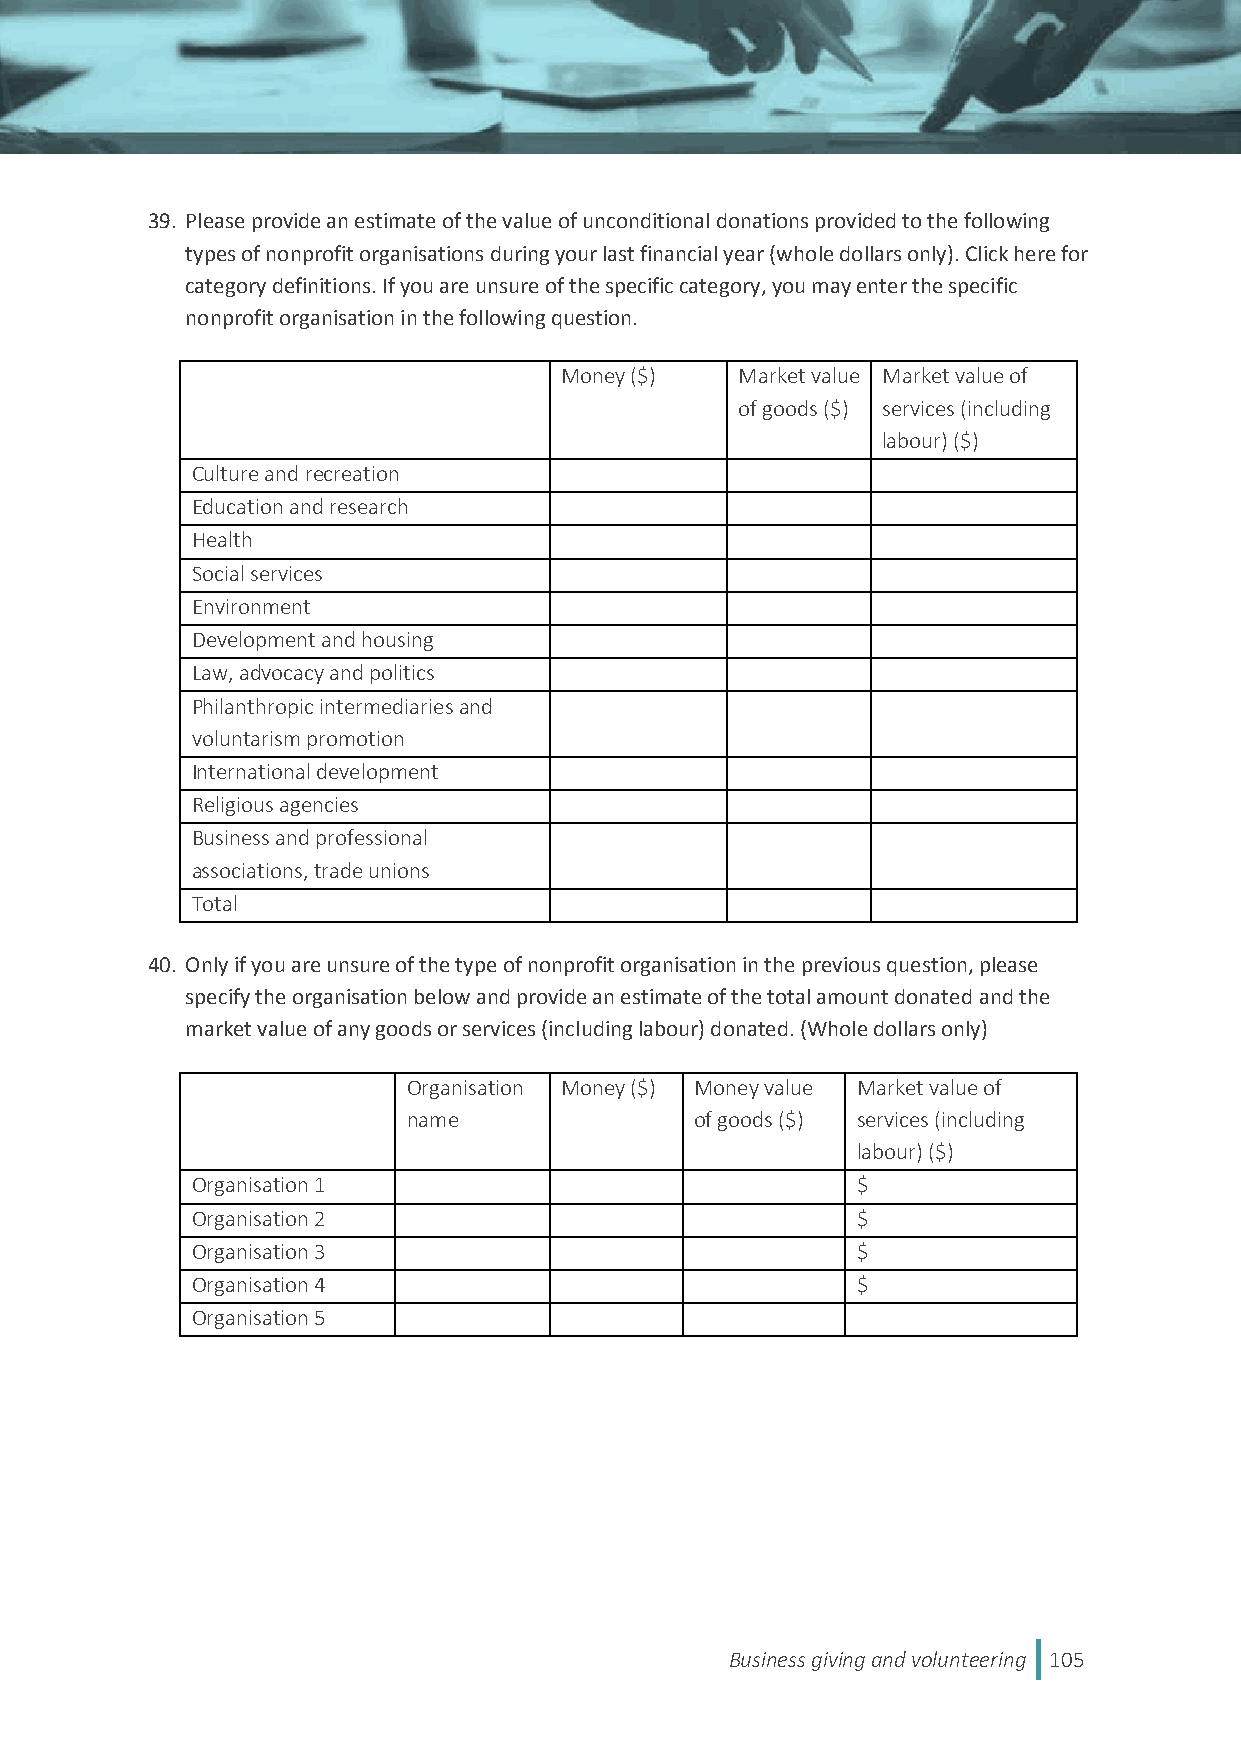
39. Please provide an estimate of the value of unconditional donations provided to the following
 types of nonprofit organisations during your last financial year (whole dollars only). Click here for
 category definitions. If you are unsure of the specific category, you may enter the specific
 nonprofit organisation in the following question.
 Money ($)   Market value Market value of
 of goods ($) services (including
 labour) ($)
 Culture and recreation
 Education and research
 Health
 Social services
 Environment
 Development and housing
 Law, advocacy and politics
 Philanthropic intermediaries and
 voluntarism promotion
 International development
 Religious agencies
 Business and professional
 associations, trade unions
 Total
 40. Only if you are unsure of the type of nonprofit organisation in the previous question, please
 specify the organisation below and provide an estimate of the total amount donated and the
 market value of any goods or services (including labour) donated. (Whole dollars only)
 Organisation Money ($) Money value Market value of
 name               of goods ($) services (including
 labour) ($)
 Organisation 1                              $
 Organisation 2                              $
 Organisation 3                              $
 Organisation 4                              $
 Organisation 5
 Business giving and volunteering 105